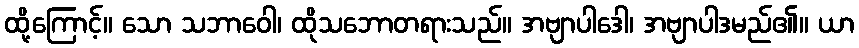
ထို့ကြောင့်။ သော သဘာဝေါ၊ ထိုသဘောတရားသည်။ အဗျာပါဒေါ၊ အဗျာပါဒမည်၏။ ယာ